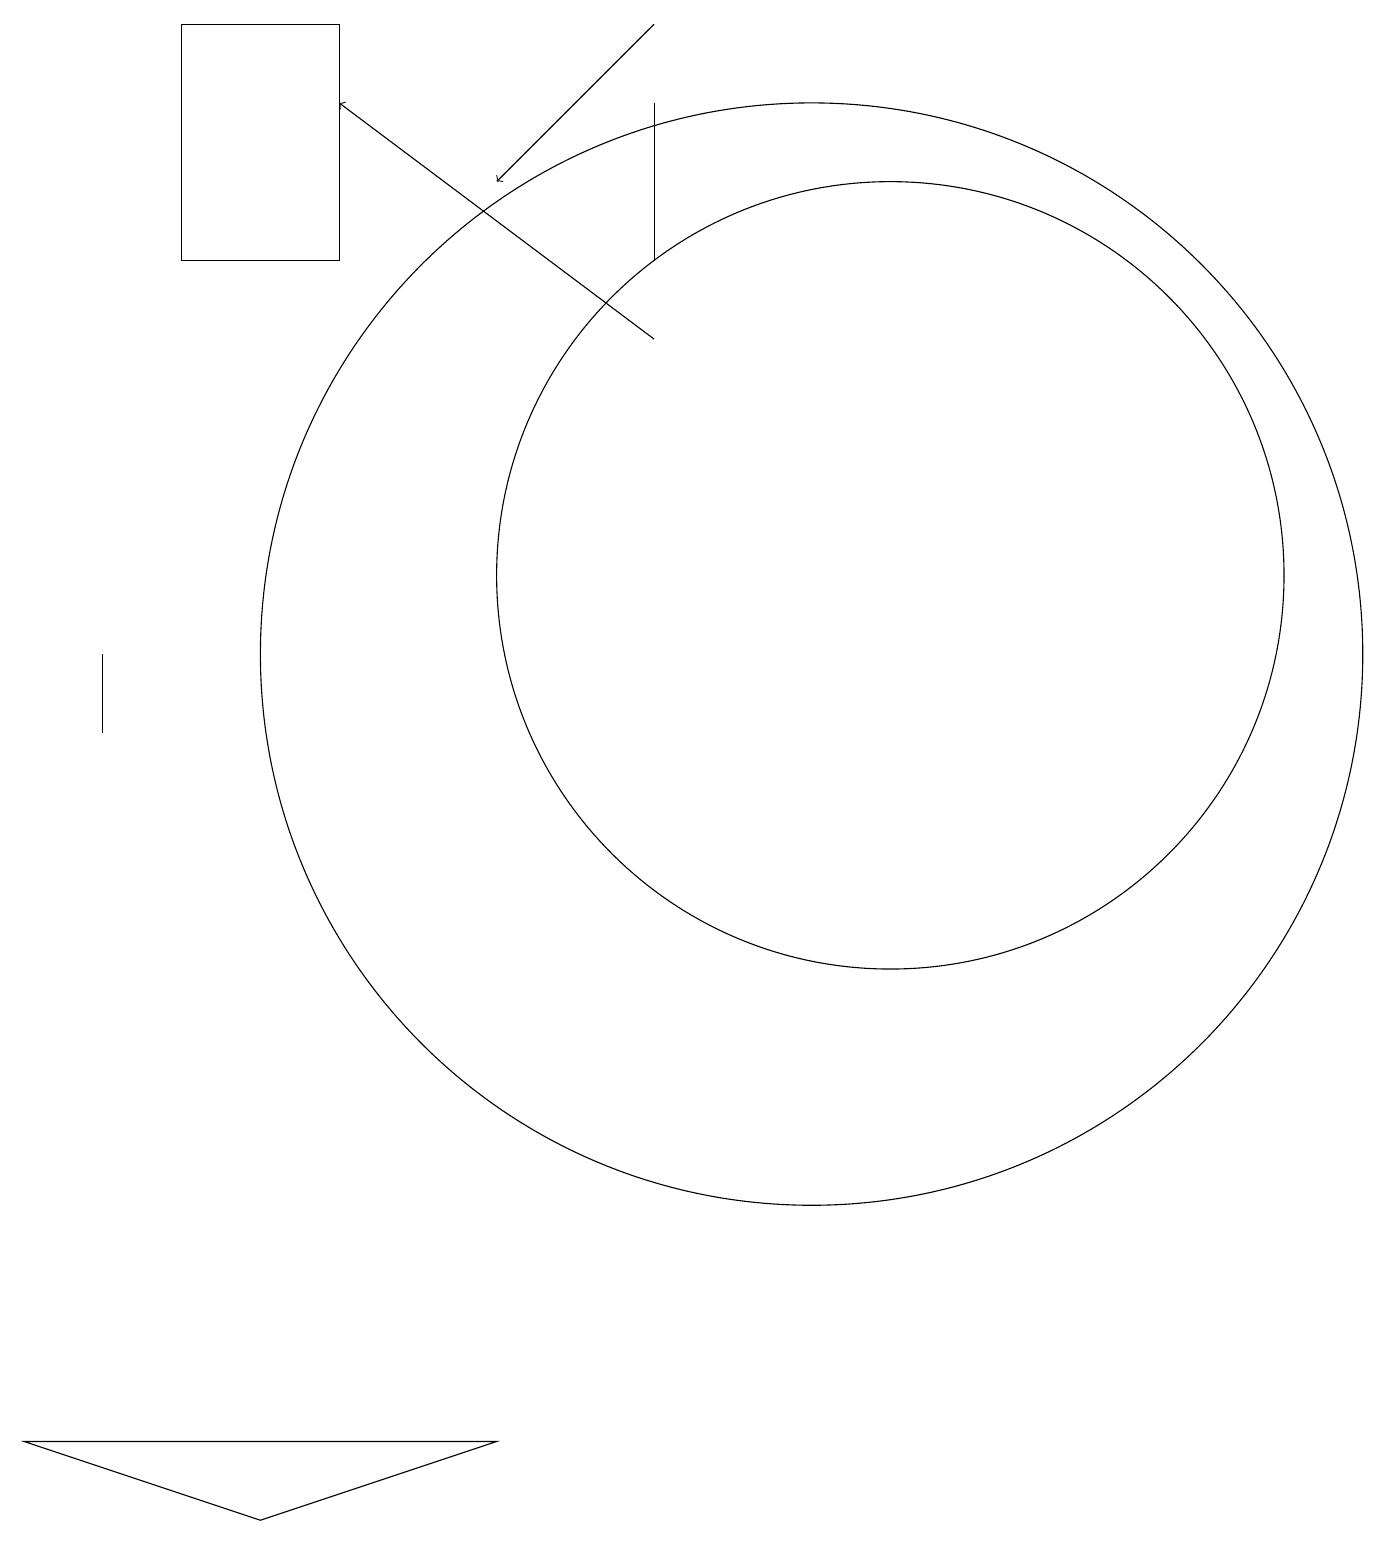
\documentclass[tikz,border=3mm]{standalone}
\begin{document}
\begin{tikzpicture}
\draw (1,1) -- (7,1) -- (4,0) -- cycle;
\draw (2,11) rectangle (2,10);
\draw (5,16) rectangle (3,19);
\draw (12,12) circle (5);
\draw (11,11) circle (7);
\draw[->] (9,19) -- (7,17);
\draw (9,16) rectangle (9,18);
\draw[->] (9,15) -- (5,18);
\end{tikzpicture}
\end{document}